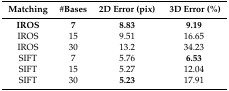
<table><thead><tr><td><b>Matching</b></td><td><b>#Bases</b></td><td><b>2D Error (pix)</b></td><td><b>3D Error (%)</b></td></tr></thead><tbody><tr><td><b>IROS</b></td><td><b>7</b></td><td><b>8.83</b></td><td><b>9.19</b></td></tr><tr><td>IROS</td><td>15</td><td>9.51</td><td>16.65</td></tr><tr><td>IROS</td><td>30</td><td>13.2</td><td>34.23</td></tr><tr><td>SIFT</td><td>7</td><td>5.76</td><td><b>6.53</b></td></tr><tr><td>SIFT</td><td>15</td><td>5.27</td><td>12.04</td></tr><tr><td>SIFT</td><td>30</td><td><b>5.23</b></td><td>17.91</td></tr></tbody></table>